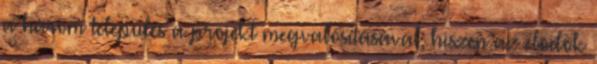
a három település a projekt megvalósításával, hiszen az elõdök